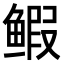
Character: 𫚥